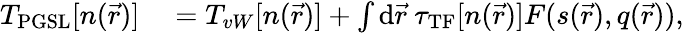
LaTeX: \begin{array}{rl}{T_{\mathrm{PGSL}}[n(\vec{r})]}&{{}=T_{vW}[n(\vec{r})]+\int{\mathrm{d}}\vec{r}~\tau_{\mathrm{TF}}[n(\vec{r})]F(s(\vec{r}),q(\vec{r})),}\end{array}